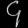
Digit: ၄